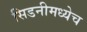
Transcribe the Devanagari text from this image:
सिडनीमध्येच